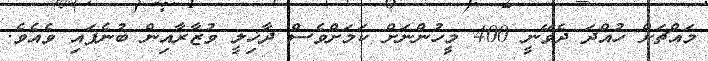
މައްޗަށް ހުއްދަ ދެވޭނީ 400 މީހުންނަށް ކަމަށްވެސް ދާޚިލީ ވުޒާރާއިން ބުނެފައި ވެއެވެ.